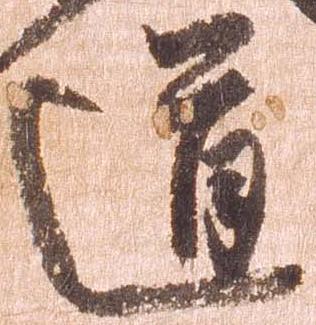
道